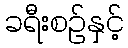
ခရီးစဉ်နှင့်